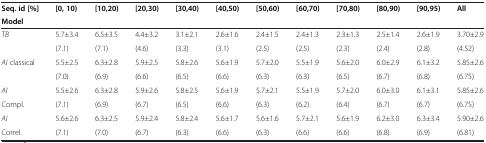
| Seq. id [%] | [0, 10) | [10,20) | [20,30) | [30,40) | [40,50) | [50,60) | [60,70) | [70,80) | [80,90) | [90,95) | All |
 | Model |  |  |  |  |  |  |  |  |  |  |  |
 | --- | --- | --- | --- | --- | --- | --- | --- | --- | --- | --- | --- |
 | TB | 5.7±3.4 | 6.5±3.5 | 4.4±3.2 | 3.1±2.1 | 2.6±1.6 | 2.4±1.5 | 2.4±1.3 | 2.3±1.3 | 2.5±1.4 | 2.6±1.9 | 3.70±2.9 |
 |  | (7.1) | (7.1) | (4.6) | (3.3) | (3.1) | (2.5) | (2.5) | (2.3) | (2.4) | (2.8) | (4.52) |
 | AI classical | 5.5±2.5 | 6.3±2.8 | 5.9±2.5 | 5.8±2.6 | 5.6±1.9 | 5.7±2.0 | 5.5±1.9 | 5.6±2.0 | 6.0±2.9 | 6.1±3.2 | 5.85±2.6 |
 |  | (7.0) | (6.9) | (6.6) | (6.5) | (6.6) | (6.3) | (6.3) | (6.5) | (6.7) | (6.8) | (6.75) |
 | AI | 5.5±2.6 | 6.3±2.8 | 5.9±2.6 | 5.8±2.5 | 5.6±1.9 | 5.7±2.1 | 5.5±1.9 | 5.7±2.0 | 6.0±3.0 | 6.1±3.1 | 5.85±2.6 |
 | Compl. | (7.1) | (6.9) | (6.7) | (6.5) | (6.6) | (6.3) | (6.2) | (6.4) | (6.7) | (6.7) | (6.75) |
 | AI | 5.6±2.6 | 6.3±2.5 | 5.9±2.4 | 5.8±2.4 | 5.6±1.7 | 5.6±1.6 | 5.7±2.1 | 5.6±1.9 | 6.2±3.0 | 6.3±3.4 | 5.90±2.6 |
 | Correl. | (7.1) | (7.0) | (6.7) | (6.3) | (6.6) | (6.3) | (6.6) | (6.6) | (6.8) | (6.9) | (6.81) |